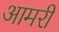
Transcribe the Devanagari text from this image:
आमरी